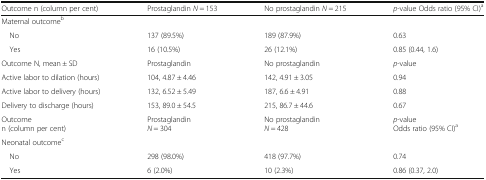
| Outcome n (column per cent) | Prostaglandin N = 153 | No prostaglandin N = 215 | p-value Odds ratio (95% CI)a |
 | --- | --- | --- | --- |
 | <COLSPAN=4> Maternal outcomeb |
 | No | 137 (89.5%) | 189 (87.9%) | 0.63 |
 | Yes | 16 (10.5%) | 26 (12.1%) | 0.85 (0.44, 1.6) |
 | Outcome N, mean ± SD | Prostaglandin | No prostaglandin | p-value |
 | Active labor to dilation (hours) | 104, 4.87 ± 4.46 | 142, 4.91 ± 3.05 | 0.94 |
 | Active labor to delivery (hours) | 132, 6.52 ± 5.49 | 187, 6.6 ± 4.91 | 0.88 |
 | Delivery to discharge (hours) | 153, 89.0 ± 54.5 | 215, 86.7 ± 44.6 | 0.67 |
 | Outcomen (column per cent) | ProstaglandinN = 304 | No prostaglandinN = 428 | p-valueOdds ratio (95% CI)a |
 | <COLSPAN=4> Neonatal outcomec |
 | No | 298 (98.0%) | 418 (97.7%) | 0.74 |
 | Yes | 6 (2.0%) | 10 (2.3%) | 0.86 (0.37, 2.0) |